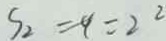
S _ { 2 } = 4 = 2 ^ { 2 }